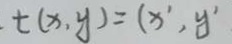
t ( x , y ) = ( x ^ { \prime } , y ^ { \prime }